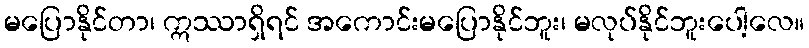
မပြောနိုင်တာ၊ ဣဿာရှိရင် အကောင်းမပြောနိုင်ဘူး၊ မလုပ်နိုင်ဘူးပေါ့လေ။